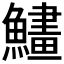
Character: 𩻽